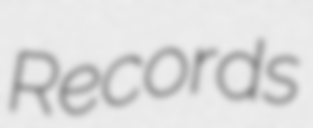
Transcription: Records